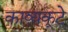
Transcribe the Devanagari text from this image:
काव्यकूटे